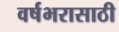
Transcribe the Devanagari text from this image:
वर्षभरासाठी